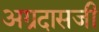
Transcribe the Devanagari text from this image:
अग्रदासजी